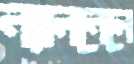
ন্যালনেলে